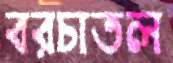
বরচাতল